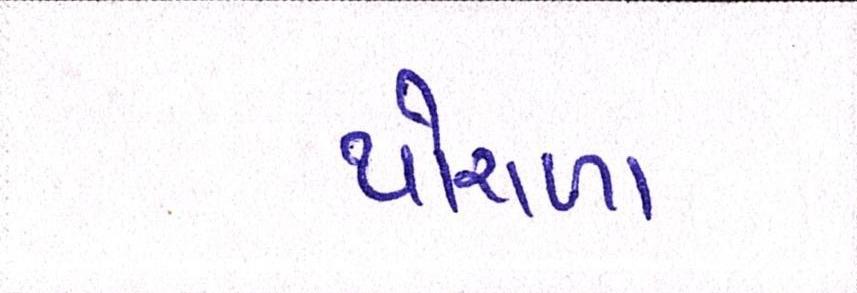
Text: થોરાળા